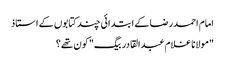
امام احمدرضا کے ابتدائی چند کتابوں کے استاذ
"مولانا غلام عبدالقادر بیگ" کون تھے؟